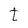
Character: t